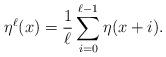
LaTeX: \begin{align*}\eta^\ell(x) = \frac{1}{\ell} \sum_{i=0}^{\ell-1} \eta(x+i).\end{align*}